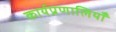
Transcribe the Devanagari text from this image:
कार्यप्रणालियाँ